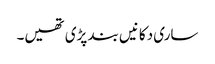
ساری دکانیں بند پڑی تھیں۔